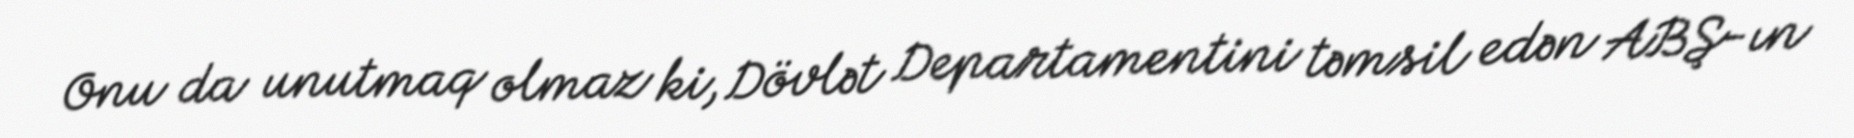
Onu da unutmaq olmaz ki, Dövlət Departamentini təmsil edən ABŞ-ın